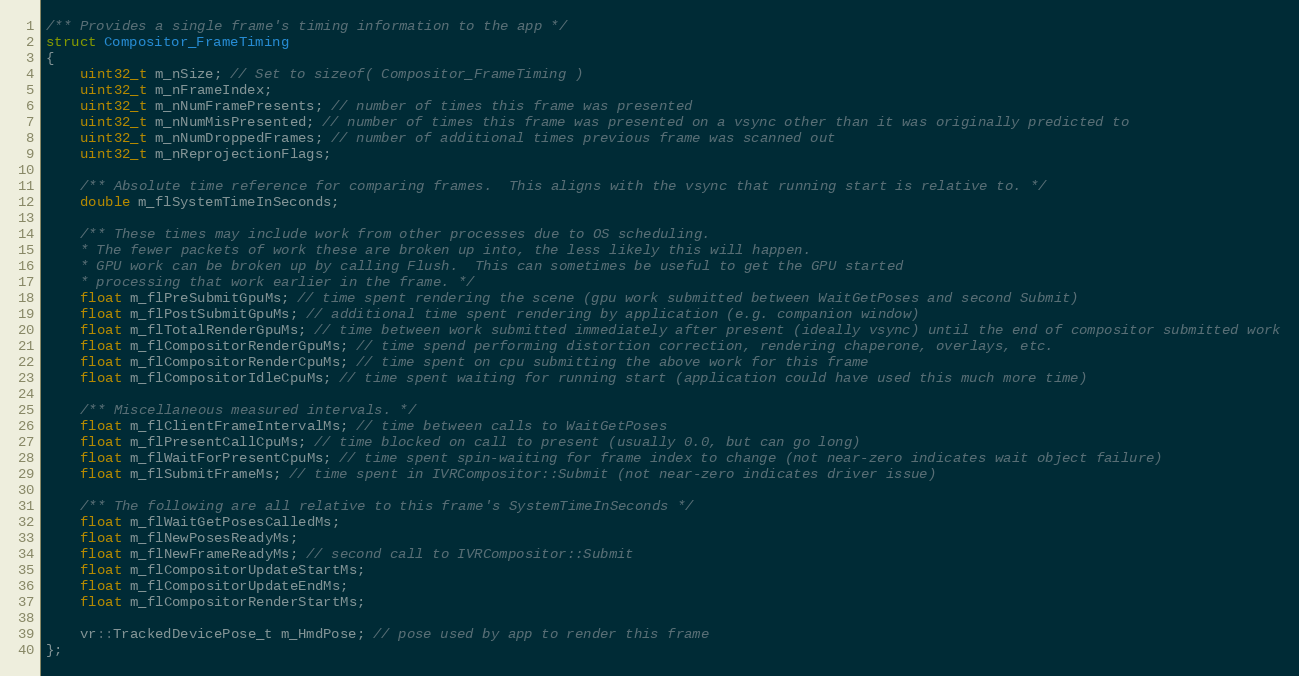
Language: C
/** Provides a single frame's timing information to the app */
struct Compositor_FrameTiming
{
	uint32_t m_nSize; // Set to sizeof( Compositor_FrameTiming )
	uint32_t m_nFrameIndex;
	uint32_t m_nNumFramePresents; // number of times this frame was presented
	uint32_t m_nNumMisPresented; // number of times this frame was presented on a vsync other than it was originally predicted to
	uint32_t m_nNumDroppedFrames; // number of additional times previous frame was scanned out
	uint32_t m_nReprojectionFlags;

	/** Absolute time reference for comparing frames.  This aligns with the vsync that running start is relative to. */
	double m_flSystemTimeInSeconds;

	/** These times may include work from other processes due to OS scheduling.
	* The fewer packets of work these are broken up into, the less likely this will happen.
	* GPU work can be broken up by calling Flush.  This can sometimes be useful to get the GPU started
	* processing that work earlier in the frame. */
	float m_flPreSubmitGpuMs; // time spent rendering the scene (gpu work submitted between WaitGetPoses and second Submit)
	float m_flPostSubmitGpuMs; // additional time spent rendering by application (e.g. companion window)
	float m_flTotalRenderGpuMs; // time between work submitted immediately after present (ideally vsync) until the end of compositor submitted work
	float m_flCompositorRenderGpuMs; // time spend performing distortion correction, rendering chaperone, overlays, etc.
	float m_flCompositorRenderCpuMs; // time spent on cpu submitting the above work for this frame
	float m_flCompositorIdleCpuMs; // time spent waiting for running start (application could have used this much more time)

	/** Miscellaneous measured intervals. */
	float m_flClientFrameIntervalMs; // time between calls to WaitGetPoses
	float m_flPresentCallCpuMs; // time blocked on call to present (usually 0.0, but can go long)
	float m_flWaitForPresentCpuMs; // time spent spin-waiting for frame index to change (not near-zero indicates wait object failure)
	float m_flSubmitFrameMs; // time spent in IVRCompositor::Submit (not near-zero indicates driver issue)

	/** The following are all relative to this frame's SystemTimeInSeconds */
	float m_flWaitGetPosesCalledMs;
	float m_flNewPosesReadyMs;
	float m_flNewFrameReadyMs; // second call to IVRCompositor::Submit
	float m_flCompositorUpdateStartMs;
	float m_flCompositorUpdateEndMs;
	float m_flCompositorRenderStartMs;

	vr::TrackedDevicePose_t m_HmdPose; // pose used by app to render this frame
};